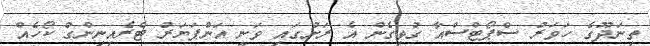
ތިނަދޫގެ ހަވަރު ސްޕޯޓްސްއާ ގުޅިގެން އެ ރަށުގައި ވަނީ އަންޕަޔަރު ޓްރެއިނިންގް ކޯހެއް